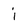
Character: i